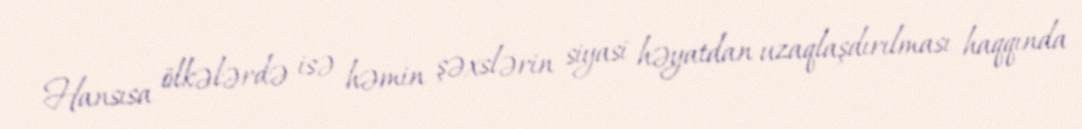
Hansısa ölkələrdə isə həmin şəxslərin siyasi həyatdan uzaqlaşdırılması haqqında